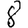
Digit: 8